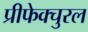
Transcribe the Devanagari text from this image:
प्रीफेक्चुरल